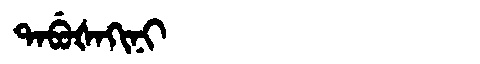
Manchu: ᡨᠠᠪᡠᡧᠠᡴᡳᠨᡳ
Romanization: TABUŠAKINI